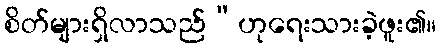
စိတ်များရှိလာသည်”ဟုရေးသားခဲ့ဖူး၏။